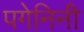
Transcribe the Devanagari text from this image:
पगेनिनी